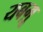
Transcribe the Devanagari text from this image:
यबग़ू